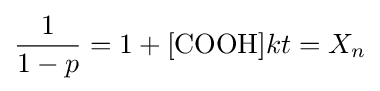
{\frac {1}{1-p}}=1+[{\ce {COOH}}]kt=X_{n}